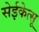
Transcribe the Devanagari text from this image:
सेईकेत्सू